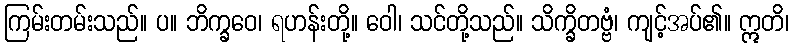
ကြမ်းတမ်းသည်။ ပ။ ဘိက္ခဝေ၊ ရဟန်းတို့။ ဝေါ၊ သင်တို့သည်။ သိက္ခိတဗ္ဗံ၊ ကျင့်အပ်၏။ ဣတိ၊